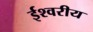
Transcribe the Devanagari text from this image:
र्इश्वरीय